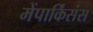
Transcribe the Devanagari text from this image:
मेंपार्किंसंस